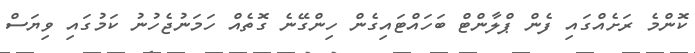
ކޮންމެ ރަށެއްގައި ފެން ޕްލާންޓް ބަހައްޓައިގެން ހިންގޭނެ ގޮތެއް ހަމަނުޖެހުނު ކަމުގައި ވިޔަސް